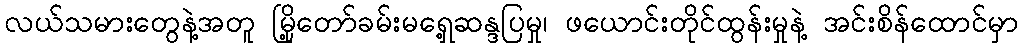
လယ်သမားတွေနဲ့အတူ မြို့တော်ခမ်းမရှေ့ဆန္ဒပြမှု၊ ဖယောင်းတိုင်ထွန်းမှုနဲ့ အင်းစိန်ထောင်မှာ